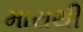
મારાથી